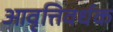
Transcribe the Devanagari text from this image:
आवृत्तिवर्धक